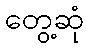
တွေ့ဆုံ